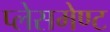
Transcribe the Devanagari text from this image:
प्लेसमेण्ट